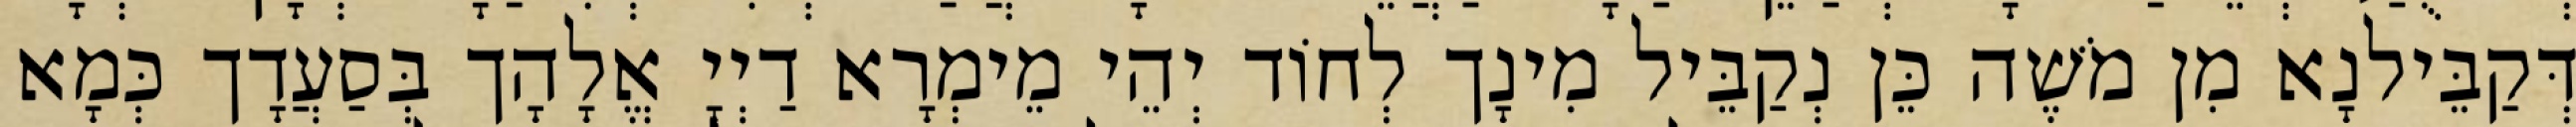
דְּקַבֵּילנָא מִן מֹשֶׁה כֵּן נְקַבֵּיל מִינָך לְחוֹד יְהֵי מֵימְרָא דַיְיָ אֱלָהָך בְּסַעֲדָך כְּמָא